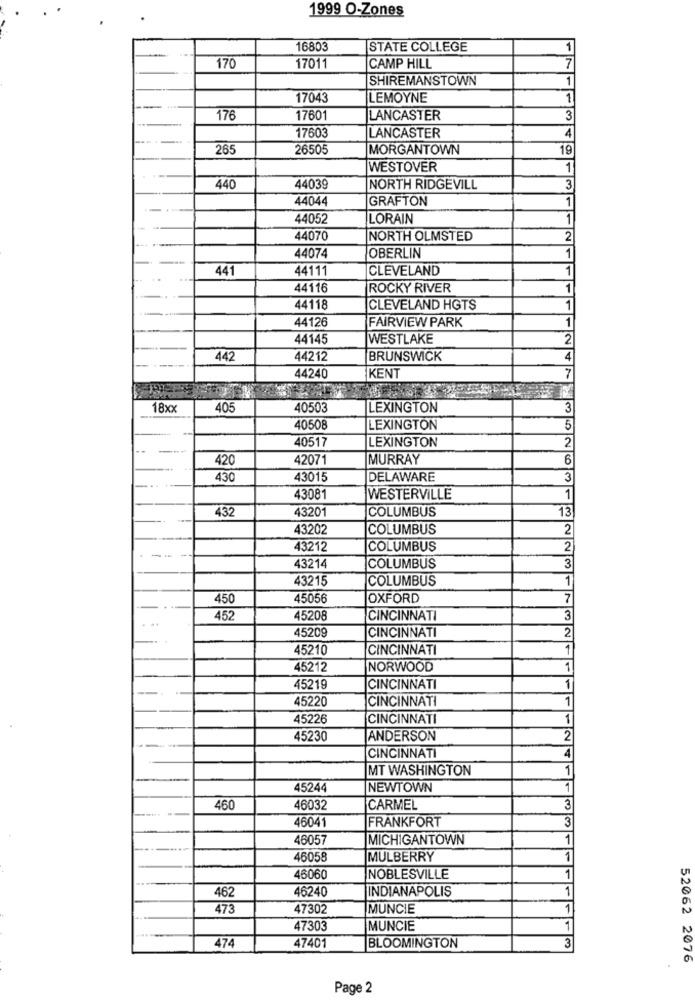
1999 O-Zones
16803
STATE COLLEGE
1
170
17011
CAMP HILL
7
SHIREMANSTOWN
1
17043
LEMOYNE
1
176
17601
LANCASTER
3
17603
LANCASTER
4
265
26505
MORGANTOWN
19
WESTOVER
1
440
44039
NORTH RIDGEVILL
3
44044
GRAFTON
1
44052
LORAIN
1
44070
NORTH OLMSTED
2
1
44074
OBERLIN
441
44111
CLEVELAND
1
44116
ROCKY RIVER
1
44118
CLEVELAND HGTS
1
44126
FAIRVIEW PARK
1
44145
WESTLAKE
2
442
44212
BRUNSWICK
4
44240
KENT
7
18xx
405
40503
LEXINGTON
3
40508
LEXINGTON
5
40517
LEXINGTON
2
420
42071
MURRAY
6
430
43015
DELAWARE
3
43081
WESTERVILLE
1
432
43201
COLUMBUS
13
43202
COLUMBUS
2
43212
COLUMBUS
2
----
43214
COLUMBUS
3
43215
COLUMBUS
1
450
45056
OXFORD
7
452
45208
CINCINNATI
3
45209
CINCINNATI
2
45210
CINCINNATI
1
45212
NORWOOD
1
45219
CINCINNATI
1
45220
CINCINNATI
1
45226
CINCINNATI
1
45230
ANDERSON
2
CINCINNATI
4
MT WASHINGTON
1
45244
NEWTOWN
1
460
46032
CARMEL
3
46041
FRANKFORT
3
46057
MICHIGANTOWN
1
46058
MULBERRY
1
46060
NOBLESVILLE
1
462
46240
INDIANAPOLIS
1
473
47302
MUNCIE
1
47303
MUNCIE
1
474
47401
BLOOMINGTON
3
52062 2076
Page 2